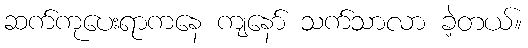
ဆက်ကုပေးရာကနေ ကျနော် သက်သာလာ ခဲ့တယ်။